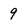
Character: 9